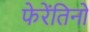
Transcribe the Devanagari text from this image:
फेरेंतिनो